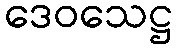
ဒေဝသေဋ္ဌ